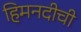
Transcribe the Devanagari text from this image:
हिमनदीची